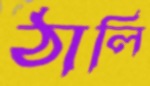
ঠালি